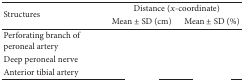
<table><thead><tr><td rowspan="2"><b>Structures</b></td><td colspan="2"><b>Distance (<i>x</i>-coordinate)</b></td></tr><tr><td><b>Mean ± SD (cm)</b></td><td><b>Mean ± SD (%)</b></td></tr></thead><tbody><tr><td>Perforating branch of peroneal artery</td><td>[EMPTY_CELL]</td><td>[EMPTY_CELL]</td></tr><tr><td>Deep peroneal nerve</td><td>[EMPTY_CELL]</td><td>[EMPTY_CELL]</td></tr><tr><td>Anterior tibial artery</td><td>[EMPTY_CELL]</td><td>[EMPTY_CELL]</td></tr></tbody></table>